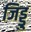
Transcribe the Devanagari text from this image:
जिड्डु